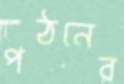
পঠনের